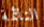
النائمة